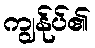
ကျွန်ုပ်၏